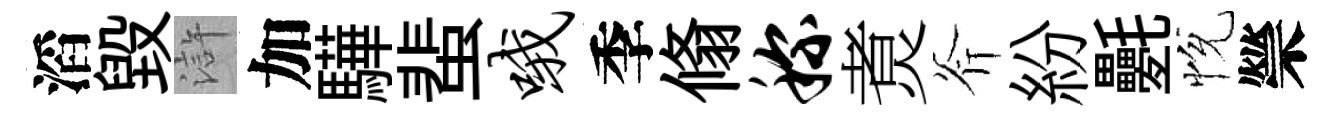
滔毀滸加驊蜚哦季翛称煑斧紛氎恱禜